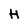
Character: H